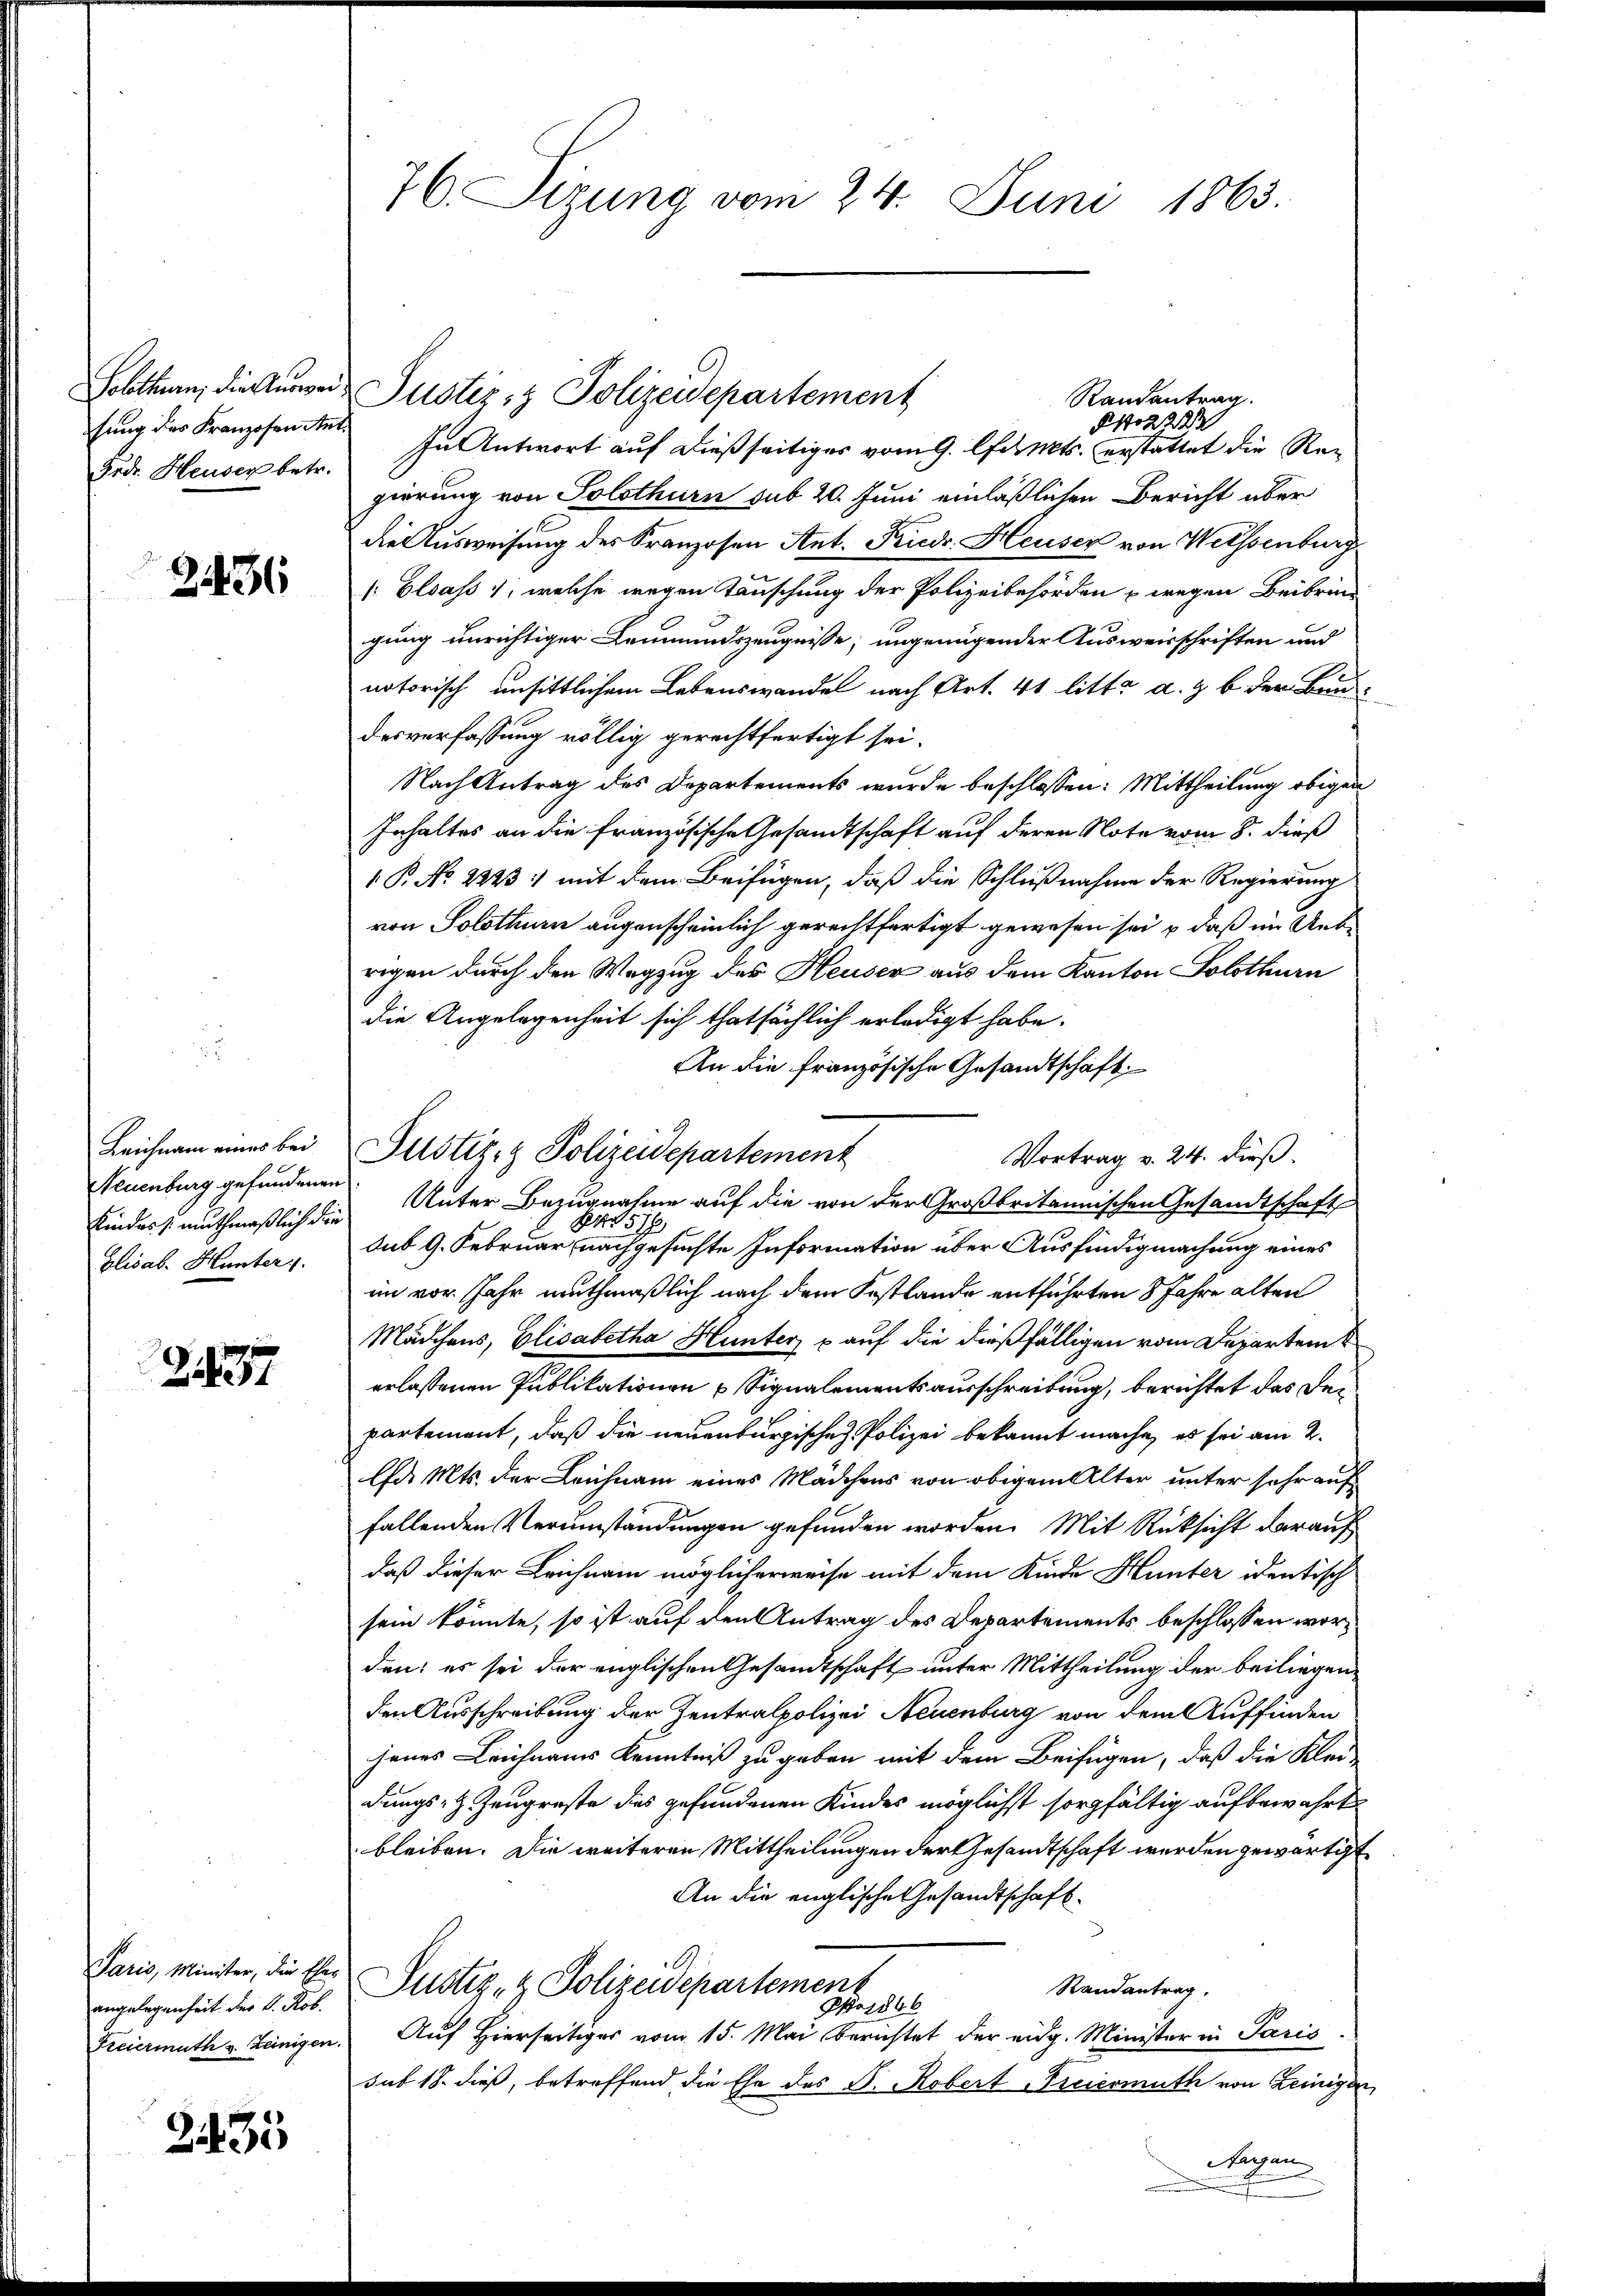
Solothurn, die Auswansung des Franzosen An
Frdr. Heuser betr.

2436

Leichnam eines bei
Neuenburg gefundenen
Kindes /: muthmaßlich die
Elisab. Hunters.

137

Paris, Minister, die Ehes
angelegenheit. Der v. Rob.
Freiermuth v. Leinigen.

2435

76. Sizung vom 24. Juni 1863.

In Antwort auf dießseitiges vom 9. pants. erstattet die Regierung von Solothurn sub 20. Juni einläßlichen Bericht über
die Ausweisung des Kranzosen Ant. Friedr. Heuser von Weissenburg
[Elsass, welche wegen Tauschung der Polizeibehörden wegen Beibringung unrichtiger Leumundszeugnisse, ungenügender Ausweisschriften und
natorisch unsittlichem Lebenswandel nach Art. 41 litt. a. g. b der Brudesverfassung völlig gerechtfertigt sei.
Nach Antrag des Departements wurde beschlossen: Mittheilung obigen
Inhaltes an die französische Gesandtschaft auf deren Note vom 8. dieß
 P. No 2233: mit dem Beifügen, daß die Schlußnahme der Regierung
von Solothurn augenscheinlich gerechtfertigt gewesen sei & daß im Uebe
rigen durch den Wegzug des Heuser aus dem Kanton Solothurn
die Angelegenheit sich thatsächlich erledigt habe.
An die französische Gesandtschaft
Justiz- & Polizeidepartement
Vortrag v. 24. dieß.
Unter Bezugnahme auf die von der Großbritannischen Gesandtschaft
1578
sub 9. Februar nachgesuchte Information über Ausfindigmachung eines
im vor Jahr muthmaßlich nach dem Festlände entführten 8 Jahre alten
Mädchens, Elisabetha Hunter p auf die dießfälligen vom Departem
erlassenen Publikationen Signalementsausschreibung, berichtet das Departement, daß die neuenburgische Polizei bekannt mache, es sei am 2.
Ed. Mts. der Leichnam eines Mädchens von obigem Alter unter sehr auf
fallenden Verumständungen gefunden worden. Mit Rüksicht darauf
daß dieser Leichnam möglicherweise mit dem Kinde Hunter identisch
sein könnte, so ist auf den Antrag des Departements beschlossen worden; es sei der englischen Gesandtschaft unter Mittheilung der beiliegen
den Ausschreibung der Zentralpolizei Neuenburg von dem Auffinden
jenes Leichnams Kenntniß zu geben mit dem Beifügen, daß die Klei
dungs- & Zeugraste des gefundenen Kindes möglichst sorgfältig aufbewahrt
bleiben. Die weiteren Mittheilungen der Gesandtschaft werden gewärtigt
An die englische Gesandtschaft
Justiz- & Polizeidepartement
Randantrag,
No1846
Auf Hierseitiger vom 15. Mai berichtet der eidg. Minister in Paris
sub 18. dieß, betreffend die Ehe des P. Robert Freiermuth von Leinigen,
Sargau

Justiz- & Polizeidepartement
Randantrag.
§1222

f